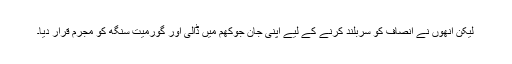
لیکن انھوں نے انصاف کو سربلند کرنے کے لیے اپنی جان جوکھم میں ڈالی اور گورمیت سنگھ کو مجرم قرار دیا۔